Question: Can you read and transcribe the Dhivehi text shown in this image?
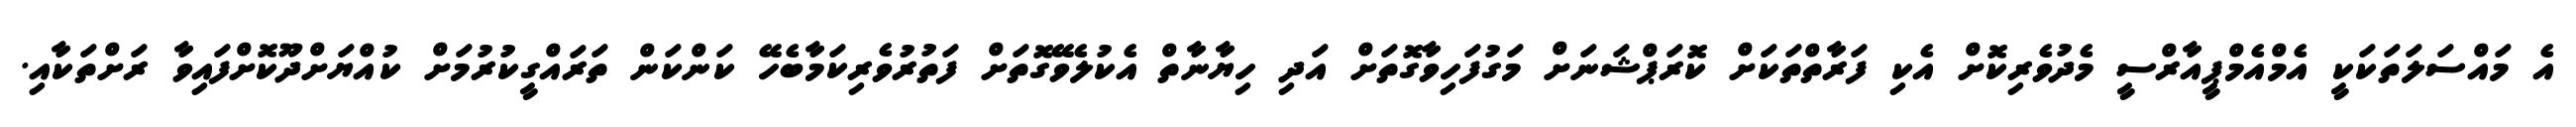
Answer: އެ މައްސަލަތަކަކީ އެމްއެމްޕީއާރްސީ މެދުވެރިކޮށް އެކި ފަރާތްތަކަށް ކޮރަޕްޝަނަށް މަގުފަހިވާގޮތަށް އަދި ހިޔާނާތް އެކުލެވޭގޮތަށް ފަތުރުވެރިކަމާބެހޭ ކަންކަން ތަރައްގީކުރުމަށް ކުއްޔަށްދޫކޮށްފައިވާ ރަށްތަކާއި.